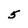
Character: 5